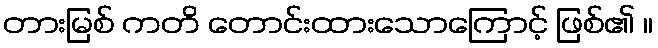
တားမြစ် ကတိ တောင်းထားသောကြောင့် ဖြစ်၏ ။